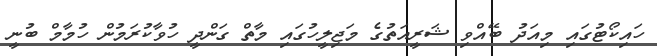
ހައިކޯޓުގައި މިއަދު ބޭއްވި ޝަރީއަތުގެ މަޖިލީހުގައި މާތް ގަންދީ ހުވާކުރަމުން ހުމާމް ބުނީ